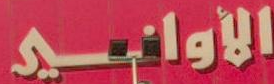
الأواني